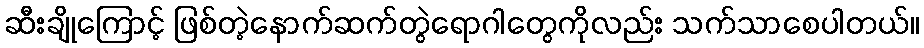
ဆီးချိုကြောင့် ဖြစ်တဲ့နောက်ဆက်တွဲရောဂါတွေကိုလည်း သက်သာစေပါတယ်။